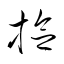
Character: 撿